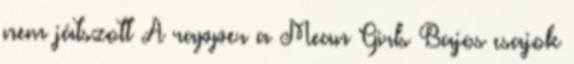
nem játszott A rapper a Mean Girls Bajos csajok